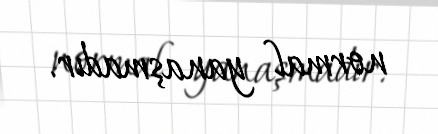
normal yanaşmadır.